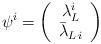
LaTeX: \begin{align*}\psi^i=\left(\begin{array}{c}\lambda^i_L\\\bar{\lambda}_{L\,i}\end{array}\right)\end{align*}